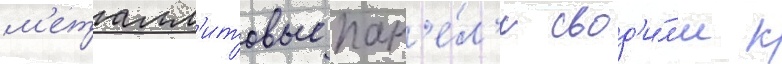
м'еталл'итовые пан'е́л'и свод'и́л'и к